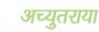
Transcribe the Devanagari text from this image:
अच्युतराया